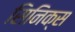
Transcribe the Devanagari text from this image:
सिनिक्स